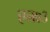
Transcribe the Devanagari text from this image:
एन७३